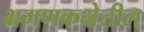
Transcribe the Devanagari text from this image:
भ्रमणकक्षेतील